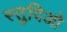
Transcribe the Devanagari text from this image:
स्तुदिओ